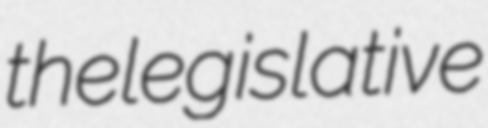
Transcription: the legislative